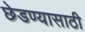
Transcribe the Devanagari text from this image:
छेडण्यासाठी